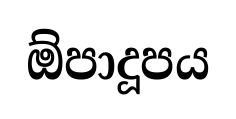
ඕපාදූපය